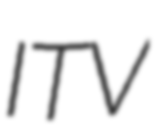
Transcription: ITV